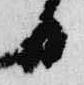
日